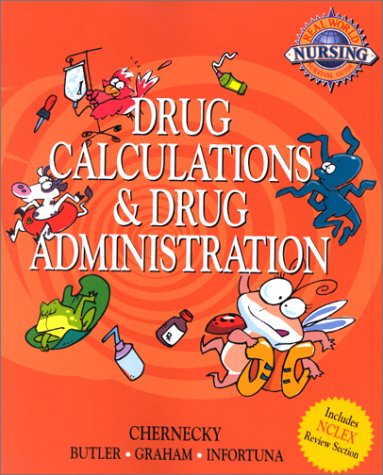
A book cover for Real World Nursing Survival Guide: Drug Calculation and Drug Administration, 1e (Saunders Nursing Survival Guide); Cynthia C. Chernecky PhD  RN  CNS  AOCN  FAAN; Medical Books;